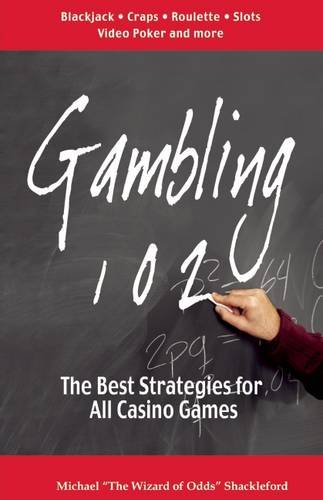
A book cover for Gambling 102: The Best Strategies for All Casino Games; Michael Shackleford; Humor & Entertainment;